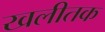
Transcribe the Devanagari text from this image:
खलीतक